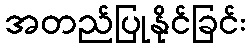
အတည်ပြုနိုင်ခြင်း